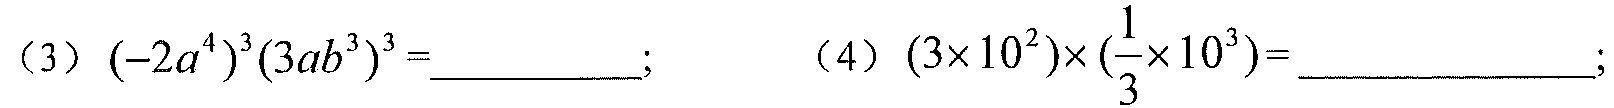
（3）\((-2a^{4})^{3}(3ab^{3})^{3}=\underline{\quad\quad}\); （4）\((3\times10^{2})\times(\frac{1}{3}\times10^{3})=\underline{\quad\quad}\);